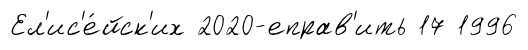
Ел'ис'е́йск'их 2020-еправ'ить 17 1996